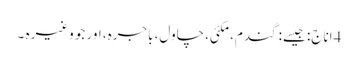
4اناج: جیسے: گندم، مکئی، چاول، باجرہ، اور جو وغیرہ ۔